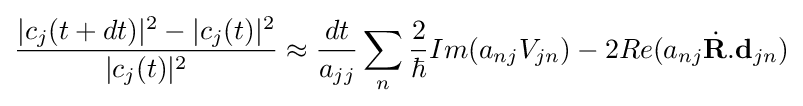
{\frac {|c_{j}(t+dt)|^{2}-|c_{j}(t)|^{2}}{|c_{j}(t)|^{2}}}\approx {\frac {dt}{a_{jj}}}\sum _{n}{\frac {2}{\hbar }}Im(a_{nj}V_{jn})-2Re(a_{nj}{\dot {\mathbf {R} }}.\mathbf {d} _{jn})